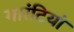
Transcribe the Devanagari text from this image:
गारंटियां